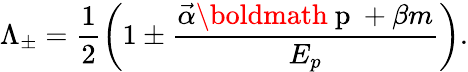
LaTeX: \Lambda_{\pm}=\frac{1}{2}\left(1\pm\frac{\vec{\alpha}\mathrm{\boldmath~p~}+\beta m}{E_{p}}\right).